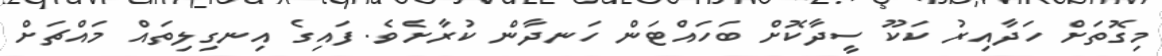
މިގޮތަށް ހަދާއިރު ކަކޫ ސީދާކޮށް ބަހައްޓަން ހަނދާން ކުރާށެވެ. ފައިގެ އިނގިލިތައް މައްޗަށް